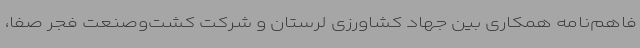
فاهم‌نامه همکاری بین جهاد کشاورزی لرستان و شرکت کشت‌وصنعت فجر صفا،